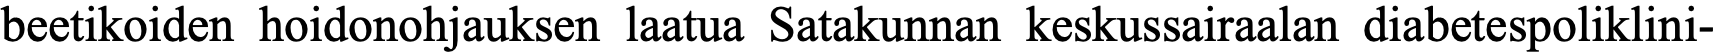
beetikoiden hoidonohjauksen laatua Satakunnan keskussairaalan diabetespoliklini-